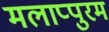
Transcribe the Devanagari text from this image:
मलाप्पुरम